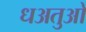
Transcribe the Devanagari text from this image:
धअतुओ